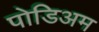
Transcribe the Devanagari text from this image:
पोडिअम